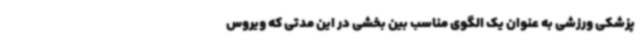
پزشکی ورزشی به عنوان یک الگوی مناسب بین بخشی در این مدتی که ویروس